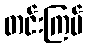
တင်းကြပ်